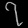
Digit: ၇